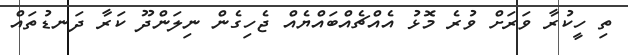
ތި ހީކުރާ ވަރަށް ވުރެ މޮޅު އެއްޗެއްބައްޔެއް ޖެހިގެން ނިލަންދޫ ކަރާ ދަނޑުތައް